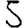
Digit: 5